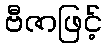
ဗီဇာဖြင့်